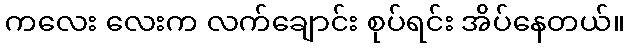
ကလေး လေးက လက်ချောင်း စုပ်ရင်း အိပ်နေတယ်။